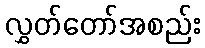
လွှတ်တော်အစည်း